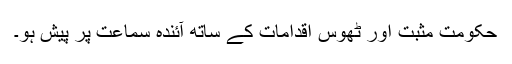
حکومت مثبت اور ٹھوس اقدامات کے ساتھ آئندہ سماعت پر پیش ہو۔